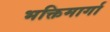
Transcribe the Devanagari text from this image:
भक्तिमार्गा